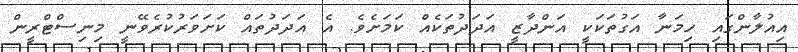
އިއުލާންގައި ހިމަނާ އަގުތަކަކީ އަންދާޒީ އަދަދުތަކެއް ކަމަށެވެ. އެ އަދަދުތައް ކަށަވަރުކުރެވޭނީ މިނިސްޓްރީން